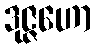
ဒုဇ္ဇဟော